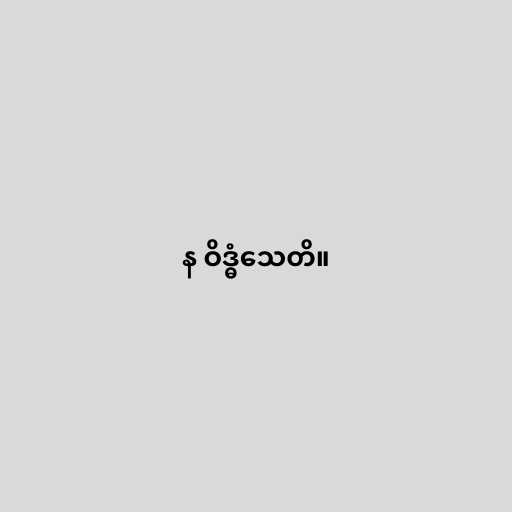
န ဝိဒ္ဓံသေတိ။